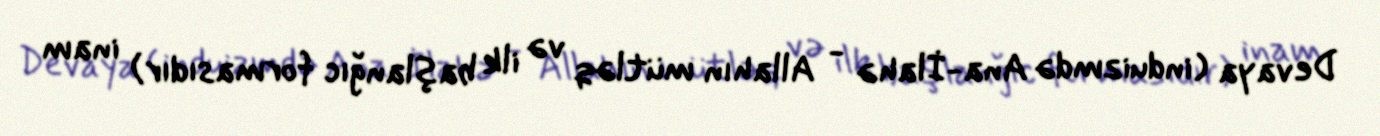
Devaya (induizmdə Ana-İlahə - Allahın mütləq və ilk başlanğıc formasıdır) inam